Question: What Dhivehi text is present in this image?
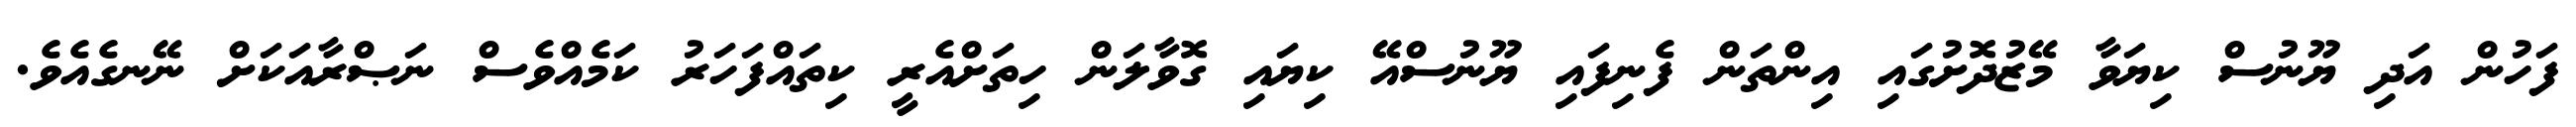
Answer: ފަހުން އަދި ޔޫނުސް ކިޔަވާ މޭޒުދޮށުގައި އިންތަން ފެނިފައި ޔޫނުސްއޭ ކިޔައި ގޮވާލަން ހިތަށްއެރީ ކިތައްފަހަރު ކަމެއްވެސް ނަޞްރާއަކަށް ނޭނގެއެވެ.